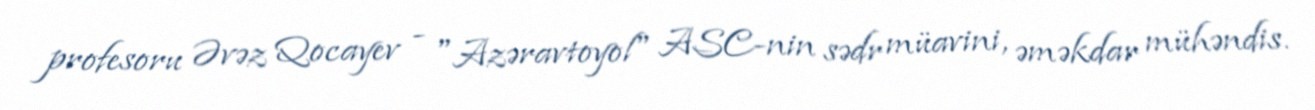
profesoru Əvəz Qocayev - "Azəravtoyol" ASC-nin sədr müavini, əməkdar mühəndis.